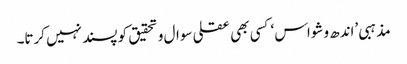
مذہبی ’اندھ وشواس ‘کسی بھی عقلی سوال و تحقیق کو پسند نہیں کرتا۔